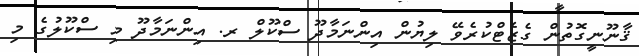
ޤާނޫނީގޮތުން ގެޒެޓްކުރެވޭ ލިޔުން އިންނަމާދޫ ސްކޫލް ރ. އިންނަމާދޫ މި ސްކޫލުގެ މި